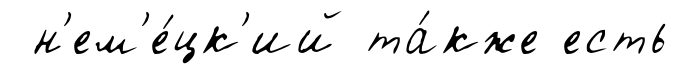
н'ем'е́цк'ий та́кже есть